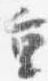
重